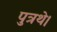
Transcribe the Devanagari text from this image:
पुत्रथे।